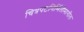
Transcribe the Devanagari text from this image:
चित्रपटनिर्मितीमागील